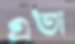
এতা